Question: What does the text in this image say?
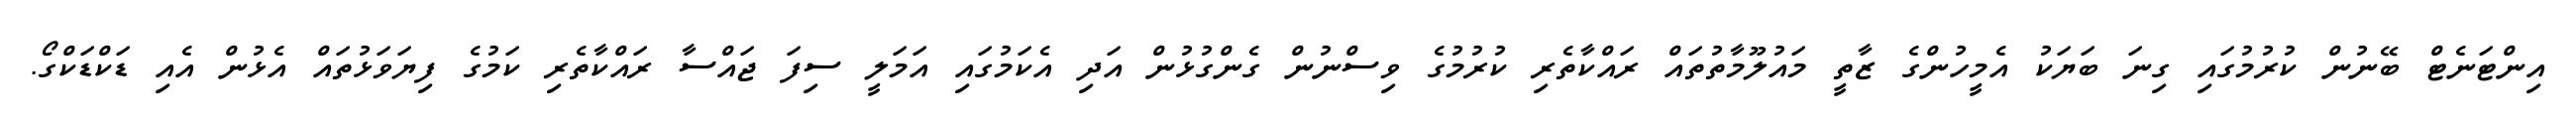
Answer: އިންޓަނެޓް ބޭނުން ކުރުމުގައި ގިނަ ބަޔަކު އެމީހުންގެ ޒާތީ މައުލޫމާތުތައް ރައްކާތެރި ކުރުމުގެ ވިސްނުން ގެންގުޅުން އަދި އެކަމުގައި އަމަލީ ސިފަ ޖައްސާ ރައްކާތެރި ކަމުގެ ފިޔަވަޅުތައް އެޅުން އެއި ޑަކްޑަކްގޯ.